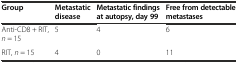
<table><thead><tr><td><b>Group</b></td><td><b>Metastatic disease</b></td><td><b>Metastatic findings at autopsy, day 99</b></td><td><b>Free from detectable metastases</b></td></tr></thead><tbody><tr><td>Anti-CD8 + RIT, <i>n</i> = 15</td><td>5</td><td>4</td><td>6</td></tr><tr><td>RIT, <i>n</i> = 15</td><td>4</td><td>0</td><td>11</td></tr></tbody></table>